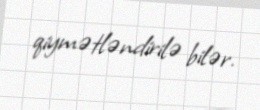
qiymətləndirilə bilər.